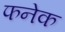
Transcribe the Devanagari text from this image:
फनेक